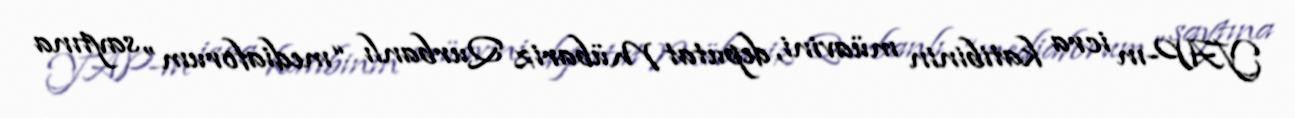
YAP-ın icra katibinin müavini, deputat Mübariz Qurbanlı “mediaforum” saytına